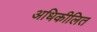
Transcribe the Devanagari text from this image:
अधिकीलित